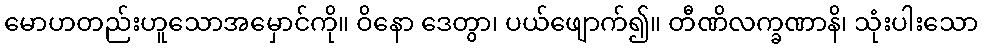
မောဟတည်းဟူသောအမှောင်ကို။ ဝိနော ဒေတွာ၊ ပယ်ဖျောက်၍။ တီဏိလက္ခဏာနိ၊ သုံးပါးသော